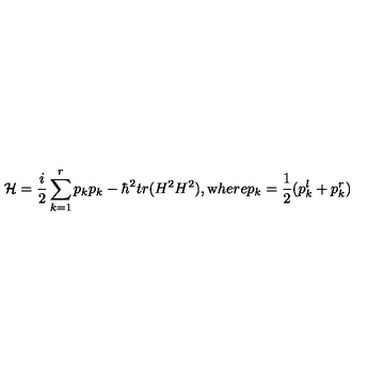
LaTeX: { \cal H } = \frac { i } { 2 } \sum _ { k = 1 } ^ { r } p _ { k } p _ { k } - \hbar ^ { 2 } t r ( H ^ { 2 } H ^ { 2 } ) , { \mathrm { w } h e r e } p _ { k } = \frac { 1 } { 2 } ( p _ { k } ^ { l } + p _ { k } ^ { r } )